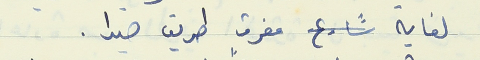
لغاية شارع مفرق طريق صيدا.